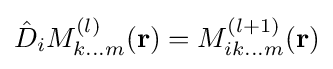
{\hat {D}}_{i}M_{k...m}^{(l)}(\mathbf {r} )=M_{ik...m}^{(l+1)}(\mathbf {r} )